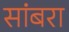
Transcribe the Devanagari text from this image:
सांंबरा